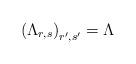
LaTeX: \begin{align*}\left( \Lambda_{r,s}\right)_{r',s'} = \Lambda \end{align*}